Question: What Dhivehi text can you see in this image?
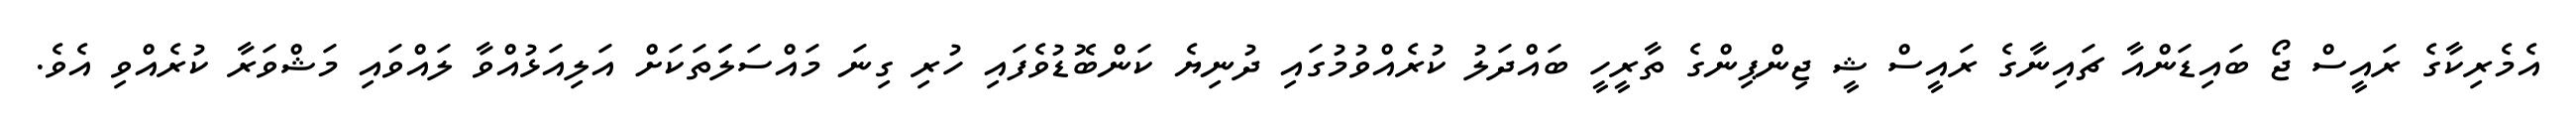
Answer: އެމެރިކާގެ ރައީސް ޖޯ ބައިޑަންއާ ޗައިނާގެ ރައީސް ޝީ ޖިންޕިންގެ ތާރީހީ ބައްދަލު ކުރެއްވުމުގައި ދުނިޔެ ކަންބޮޑުވެފައި ހުރި ގިނަ މައްސަލަަތަކަށް އަލިއަޅުއްވާ ލައްވައި މަޝްވަރާ ކުރެއްވި އެވެ.